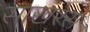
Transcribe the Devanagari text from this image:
साखरेस